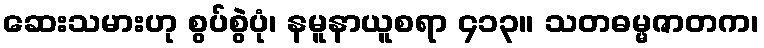
ဆေးသမားဟု စွပ်စွဲပုံ၊ နမူနာယူစရာ ၄၁၃။ သတဓမ္မဇာတက၊